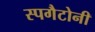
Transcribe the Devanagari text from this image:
स्पगैटोनी